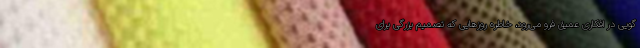
گویی در افکاری عمیق فرو می‌رود، خاطره روزهایی که تصمیم بزرگی برای